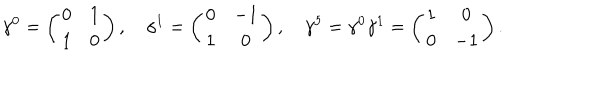
\gamma ^ { 0 } = \left( \begin{matrix} { { 0 } } & { { 1 } } \\ { { 1 } } & { { 0 } } \\ \end{matrix} \right) , \quad \gamma ^ { 1 } = \left( \begin{matrix} { { 0 } } & { { - 1 } } \\ { { 1 } } & { { 0 } } \\ \end{matrix} \right) , \quad \gamma ^ { 5 } = \gamma ^ { 0 } \gamma ^ { 1 } = \left( \begin{matrix} { { 1 } } & { { 0 } } \\ { { 0 } } & { { - 1 } } \\ \end{matrix} \right) .